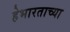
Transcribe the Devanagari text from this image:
हेभारताच्या